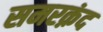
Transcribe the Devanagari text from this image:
समरक़ंद